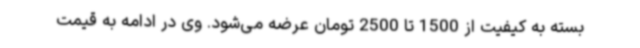
بسته به کیفیت از 1500 تا 2500 تومان عرضه می‌شود. وی در ادامه به قیمت